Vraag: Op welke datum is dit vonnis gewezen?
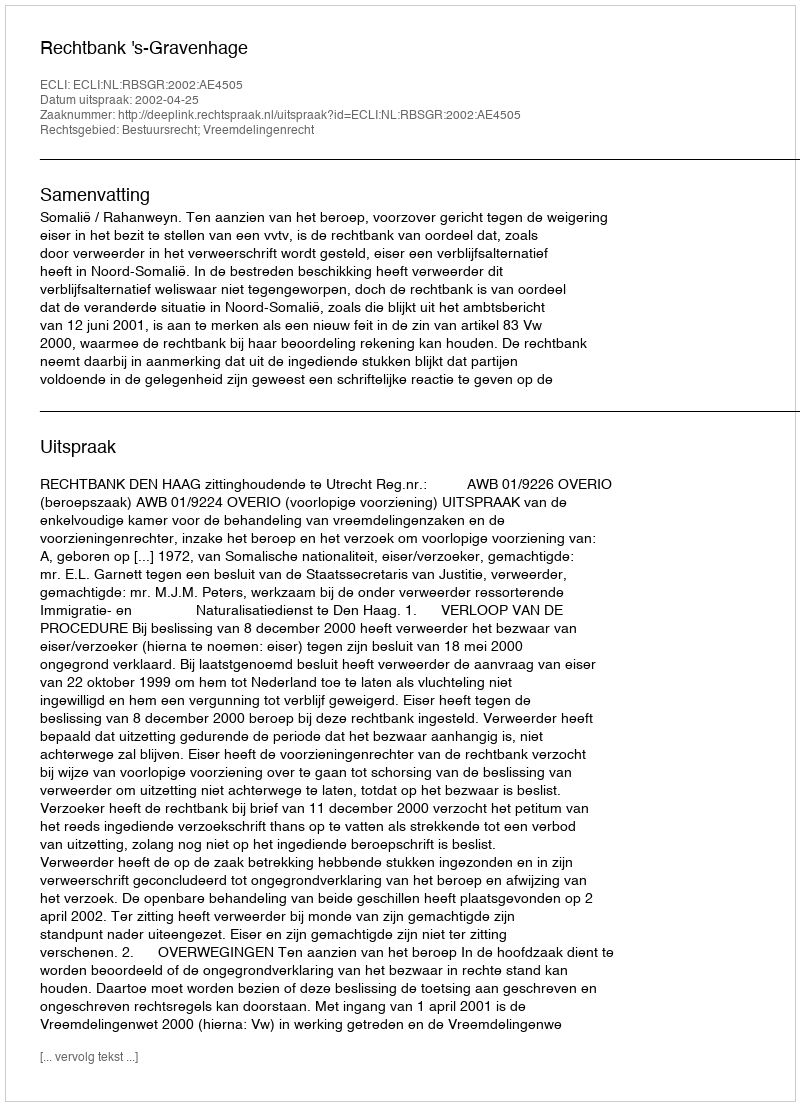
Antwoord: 2002-04-25